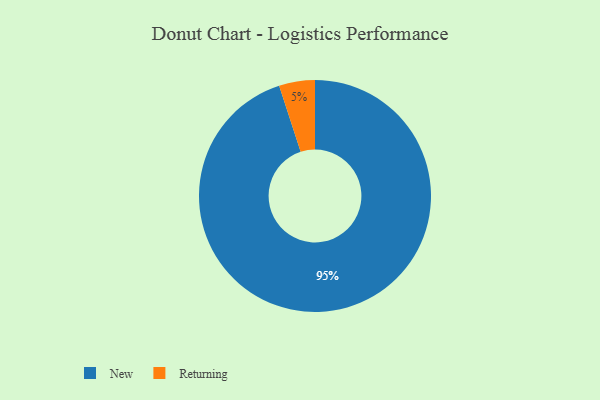
{"axis": {"x": "Category", "y": "Percentage"}, "legend": ["New", "Returning"], "data": [{"x": "Returning", "y": 5, "type": "Returning"}, {"x": "New", "y": 95, "type": "New"}]}